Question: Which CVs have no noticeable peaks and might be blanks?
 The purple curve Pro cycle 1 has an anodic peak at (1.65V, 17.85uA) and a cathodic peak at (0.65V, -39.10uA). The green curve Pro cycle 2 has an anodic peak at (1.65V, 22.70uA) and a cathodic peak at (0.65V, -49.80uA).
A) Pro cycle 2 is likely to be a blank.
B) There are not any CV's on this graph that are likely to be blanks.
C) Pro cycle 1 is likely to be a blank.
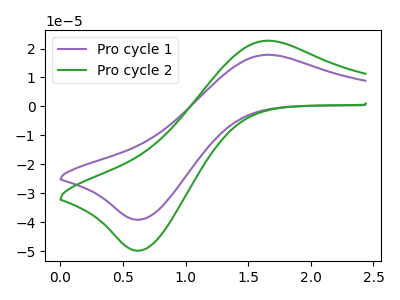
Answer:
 <answer>B) There are not any CV's on this graph that are likely to be blanks.</answer>
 <eval>B</eval>